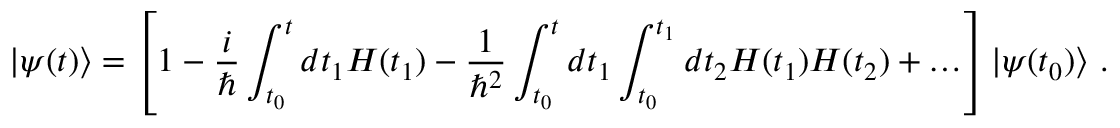
| \psi ( t ) \rangle = \left[ 1 - { \frac { i } { \hbar } } \int _ { t _ { 0 } } ^ { t } d t _ { 1 } H ( t _ { 1 } ) - { \frac { 1 } { \hbar ^ { 2 } } } \int _ { t _ { 0 } } ^ { t } d t _ { 1 } \int _ { t _ { 0 } } ^ { t _ { 1 } } d t _ { 2 } H ( t _ { 1 } ) H ( t _ { 2 } ) + \ldots \right] | \psi ( t _ { 0 } ) \rangle ~ .